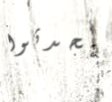
تتحدثوا